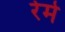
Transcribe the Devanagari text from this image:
रेमे